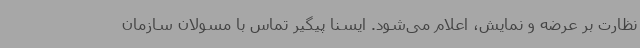
نظارت بر عرضه و نمایش، اعلام می‌شود. ایسنا پیگیر تماس با مسولان سازمان